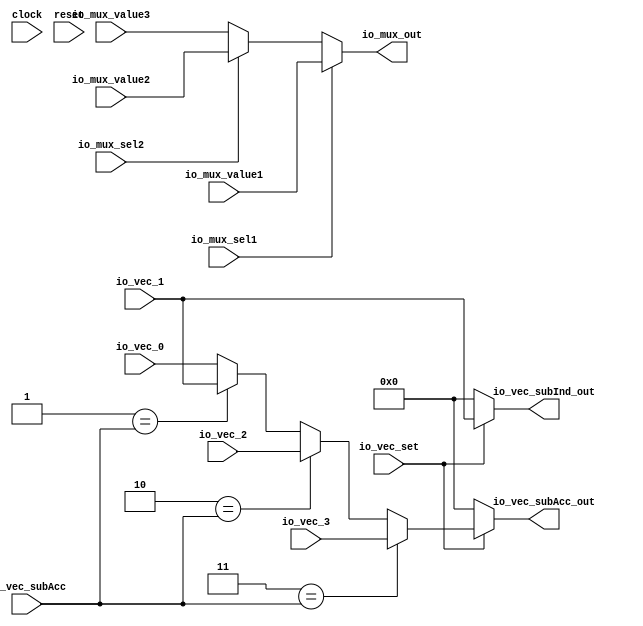
module Test1(
  input         clock,
  input         reset,
  input  [15:0] io_mux_value1,
  input  [15:0] io_mux_value2,
  input  [15:0] io_mux_value3,
  input         io_mux_sel1,
  input         io_mux_sel2,
  input         io_vec_set,
  input  [1:0]  io_vec_subAcc,
  input  [15:0] io_vec_0,
  input  [15:0] io_vec_1,
  input  [15:0] io_vec_2,
  input  [15:0] io_vec_3,
  output [15:0] io_mux_out,
  output [15:0] io_vec_subInd_out,
  output [15:0] io_vec_subAcc_out
);
  wire [15:0] _T = io_mux_sel2 ? io_mux_value2 : io_mux_value3; // @[Test1.scala 31:52]
  wire [15:0] _GEN_1 = 2'h1 == io_vec_subAcc ? io_vec_1 : io_vec_0; // @[Test1.scala 35:23]
  wire [15:0] _GEN_2 = 2'h2 == io_vec_subAcc ? io_vec_2 : _GEN_1; // @[Test1.scala 35:23]
  wire [15:0] _GEN_3 = 2'h3 == io_vec_subAcc ? io_vec_3 : _GEN_2; // @[Test1.scala 35:23]
  assign io_mux_out = io_mux_sel1 ? io_mux_value1 : _T; // @[Test1.scala 31:14]
  assign io_vec_subInd_out = io_vec_set ? io_vec_1 : 16'h0; // @[Test1.scala 34:23 Test1.scala 37:23]
  assign io_vec_subAcc_out = io_vec_set ? _GEN_3 : 16'h0; // @[Test1.scala 35:23 Test1.scala 38:23]
endmodule